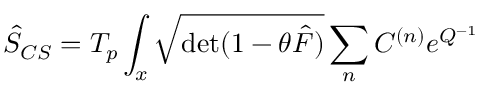
\hat { S } _ { C S } = T _ { p } \int _ { x } { \sqrt { \mathrm { d e t } ( 1 - \theta \hat { F } ) } } \sum _ { n } C ^ { ( n ) } e ^ { Q ^ { - 1 } }